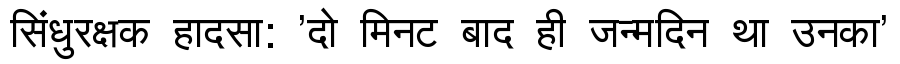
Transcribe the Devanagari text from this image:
सिंधुरक्षक हादसा: 'दो मिनट बाद ही जन्मदिन था उनका'